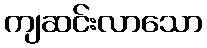
ကျဆင်းလာသော